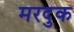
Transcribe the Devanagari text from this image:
मरदुक